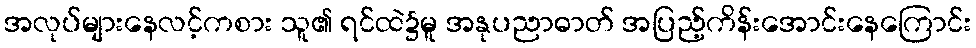
အလုပ်များနေလင့်ကစား သူ၏ ရင်ထဲ၌မူ အနုပညာဓာတ် အပြည့်ကိန်းအောင်းနေကြောင်း